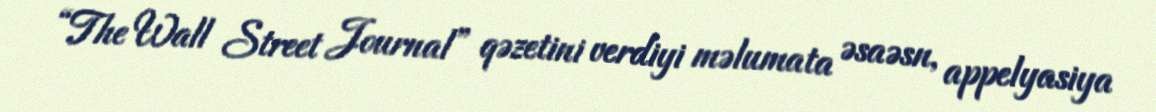
“The Wall Street Journal” qəzetini verdiyi məlumata əsaəsn, appelyasiya